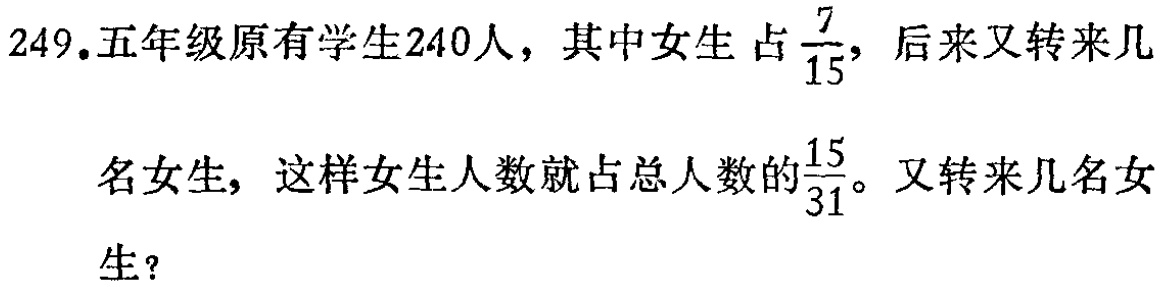
249.五年级原有学生240人，其中女生占$\frac{7}{15}$，后来又转来几名女生，这样女生人数就占总人数的$\frac{15}{31}$。又转来几名女生？